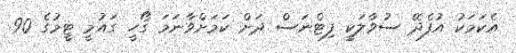
އެކަމަކު އުފެދޭ ސުވާލަކީ ފިޓްނަސް ދަށް ކަމަށްވާނަމަ ގޯހީ ގައުމީ ޓީމުގެ 90